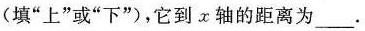
(填“上”或“下”)，它到x轴的距离为___.